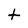
Character: t